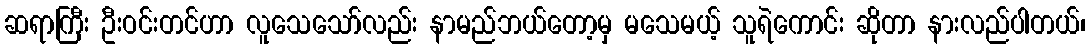
ဆရာကြီး ဦးဝင်းတင်ဟာ လူသေသော်လည်း နာမည်ဘယ်တော့မှ မသေမယ့် သူရဲကောင်း ဆိုတာ နားလည်ပါတယ်၊